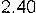
2.40